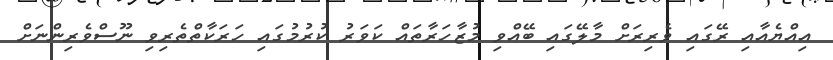
އިއްޔެއާއި ރޭގައި ވެރިރަށް މާލޭގައި ބޭއްވި މުޒާހަރާތައް ކަވަރު ކުރުމުގައި ހަރަކާތްތެރިވި ނޫސްވެރިންނަށް